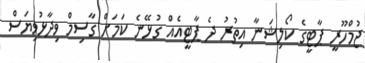
ޖުމްހޫރީ ޕާޓީގެ ކޯލިޝަނާ އިތުރު ދެ ޕާޓީއެއް ގުޅޭނެ ކަމަށް ގާސިމް ވިދާޅުވިޔަސް